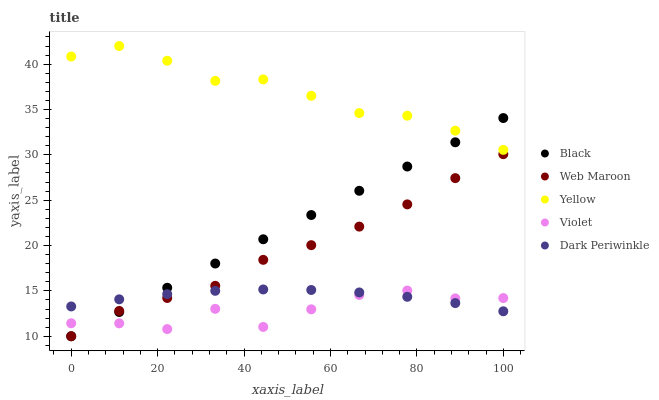
| xaxis_label | Black | Web Maroon | Yellow | Violet | Dark Periwinkle |
 | --- | --- | --- | --- | --- | --- |
 | 0 | 10 | 10 | 40.8 | 11.4 | 13.3 |
 | 11.1 | 12.7 | 12.8 | 42 | 11.4 | 14.1 |
 | 22.2 | 15.3 | 14.2 | 40.4 | 10.8 | 14.6 |
 | 33.3 | 18 | 15.6 | 38.2 | 13 | 15 |
 | 44.4 | 20.7 | 18.4 | 38.3 | 11 | 15.2 |
 | 55.6 | 23.4 | 20 | 36.5 | 13 | 15.1 |
 | 66.7 | 26 | 22.1 | 34.6 | 14.6 | 14.8 |
 | 77.8 | 28.7 | 24.5 | 34.3 | 15 | 14.3 |
 | 88.9 | 31.4 | 27.4 | 32.7 | 14.2 | 13.7 |
 | 100 | 34.1 | 30.1 | 30.5 | 14.2 | 12.8 |